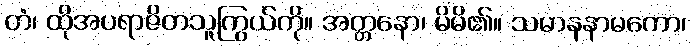
တံ၊ ထိုအပရာဇိတသူကြွယ်ကို။ အတ္တနော၊ မိမိ၏။ သမာနနာမကော၊